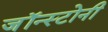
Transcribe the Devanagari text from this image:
जॉन्स्टोनी